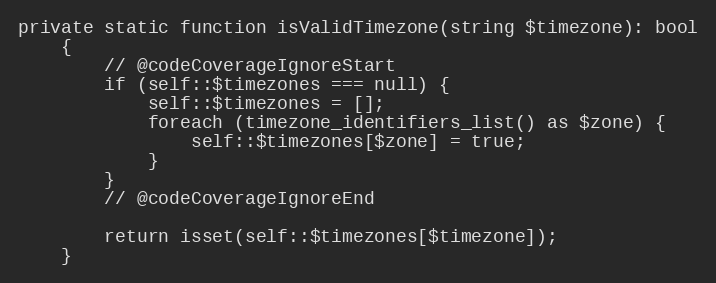
Language: PHP
private static function isValidTimezone(string $timezone): bool
    {
        // @codeCoverageIgnoreStart
        if (self::$timezones === null) {
            self::$timezones = [];
            foreach (timezone_identifiers_list() as $zone) {
                self::$timezones[$zone] = true;
            }
        }
        // @codeCoverageIgnoreEnd

        return isset(self::$timezones[$timezone]);
    }